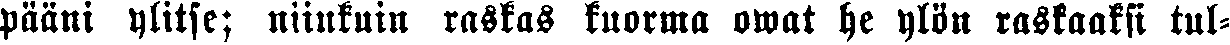
pääni ylitse; niinkuin raskas kuorma owat he ylön raskaaksi tul-